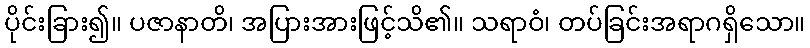
ပိုင်းခြား၍။ ပဇာနာတိ၊ အပြားအားဖြင့်သိ၏။ သရာဝံ၊ တပ်ခြင်းအရာဂရှိသော။